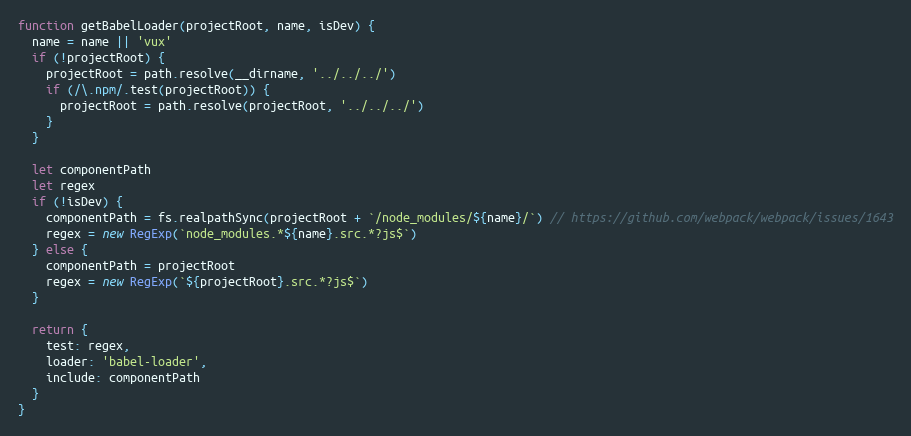
Language: JavaScript
function getBabelLoader(projectRoot, name, isDev) {
  name = name || 'vux'
  if (!projectRoot) {
    projectRoot = path.resolve(__dirname, '../../../')
    if (/\.npm/.test(projectRoot)) {
      projectRoot = path.resolve(projectRoot, '../../../')
    }
  }

  let componentPath
  let regex
  if (!isDev) {
    componentPath = fs.realpathSync(projectRoot + `/node_modules/${name}/`) // https://github.com/webpack/webpack/issues/1643
    regex = new RegExp(`node_modules.*${name}.src.*?js$`)
  } else {
    componentPath = projectRoot
    regex = new RegExp(`${projectRoot}.src.*?js$`)
  }

  return {
    test: regex,
    loader: 'babel-loader',
    include: componentPath
  }
}